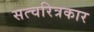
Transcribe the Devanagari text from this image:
सत्चरित्रकार